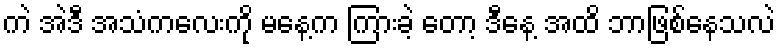
ကဲ အဲဒီ အသံကလေးကို မနေ့က ကြားခဲ့ တော့ ဒီနေ့ အထိ ဘာဖြစ်နေသလဲ